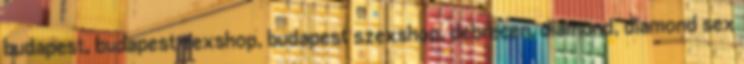
budapest, budapest sexshop, budapest szexshop, debrecen, diamond, diamond sex